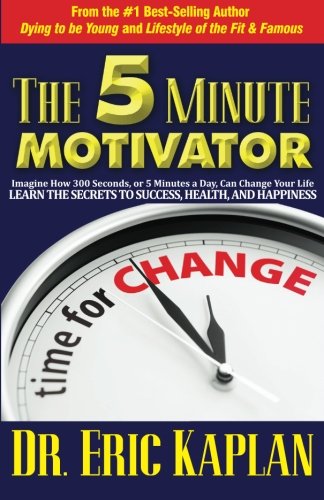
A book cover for The 5 Minute Motivator: Learn the Secrets to Success, Health, and Happiness; Eric Kaplan; Self-Help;